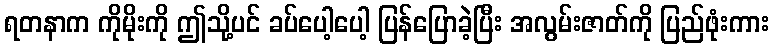
ရတနာက ကိုမိုးကို ဤသို့ပင် ခပ်ပေါ့ပေါ့ ပြန်ပြောခဲ့ပြီး အလွမ်းဇာတ်ကို ပြည်ဖုံးကား